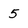
Character: 5